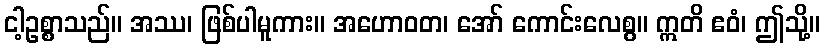
ငါ့ဥစ္စာသည်။ အဿ၊ ဖြစ်ပါမူကား။ အဟောဝတ၊ အော် ကောင်းလေစွ။ ဣတိ ဧဝံ၊ ဤသို့။